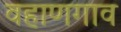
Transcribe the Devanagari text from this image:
वहाणगाव